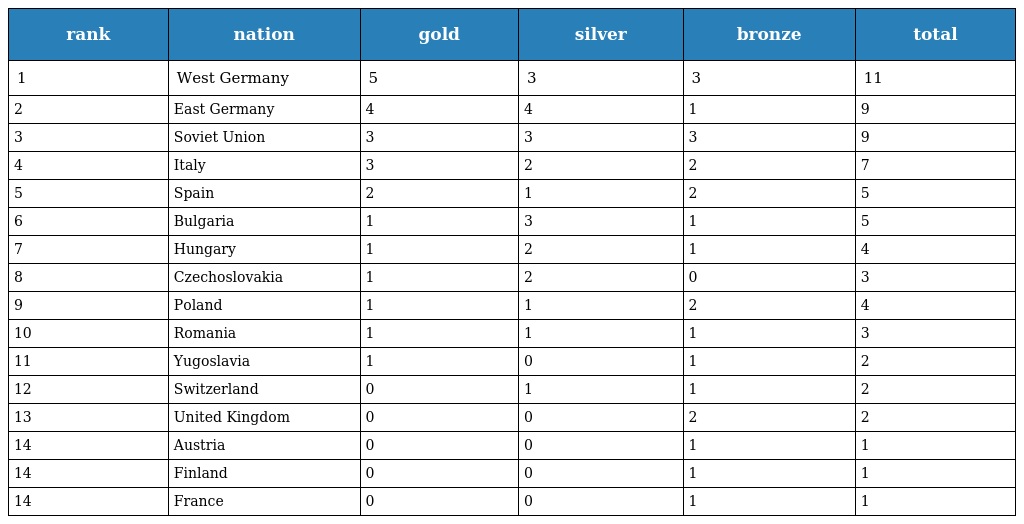
| rank | nation | gold | silver | bronze | total |
 | --- | --- | --- | --- | --- | --- |
 | 1 | West Germany | 5 | 3 | 3 | 11 |
 | 2 | East Germany | 4 | 4 | 1 | 9 |
 | 3 | Soviet Union | 3 | 3 | 3 | 9 |
 | 4 | Italy | 3 | 2 | 2 | 7 |
 | 5 | Spain | 2 | 1 | 2 | 5 |
 | 6 | Bulgaria | 1 | 3 | 1 | 5 |
 | 7 | Hungary | 1 | 2 | 1 | 4 |
 | 8 | Czechoslovakia | 1 | 2 | 0 | 3 |
 | 9 | Poland | 1 | 1 | 2 | 4 |
 | 10 | Romania | 1 | 1 | 1 | 3 |
 | 11 | Yugoslavia | 1 | 0 | 1 | 2 |
 | 12 | Switzerland | 0 | 1 | 1 | 2 |
 | 13 | United Kingdom | 0 | 0 | 2 | 2 |
 | 14 | Austria | 0 | 0 | 1 | 1 |
 | 14 | Finland | 0 | 0 | 1 | 1 |
 | 14 | France | 0 | 0 | 1 | 1 |